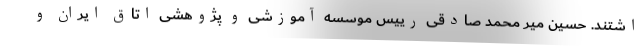
اشتند. حسین میر محمد صادقی رییس موسسه آموزشی و پژوهشی اتاق ایران و